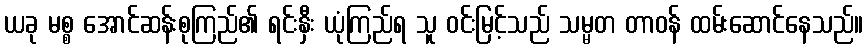
ယခု မစ္စ အောင်ဆန်းစုကြည်၏ ရင်းနှီး ယုံကြည်ရ သူ ဝင်းမြင့်သည် သမ္မတ တာဝန် ထမ်းဆောင်နေသည်။